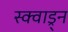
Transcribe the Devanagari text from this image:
स्क्वाड्र्न